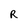
Character: R